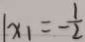
x _ { 1 } = - \frac { 1 } { 2 }